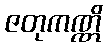
ဇတုကဏ္ဏိ